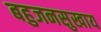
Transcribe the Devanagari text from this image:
बहुजनसुखाय